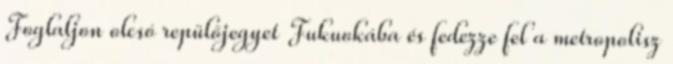
Foglaljon olcsó repülőjegyet Fukuokába és fedezze fel a metropolisz